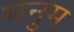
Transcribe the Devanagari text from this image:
मनुम